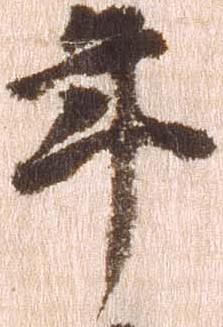
年